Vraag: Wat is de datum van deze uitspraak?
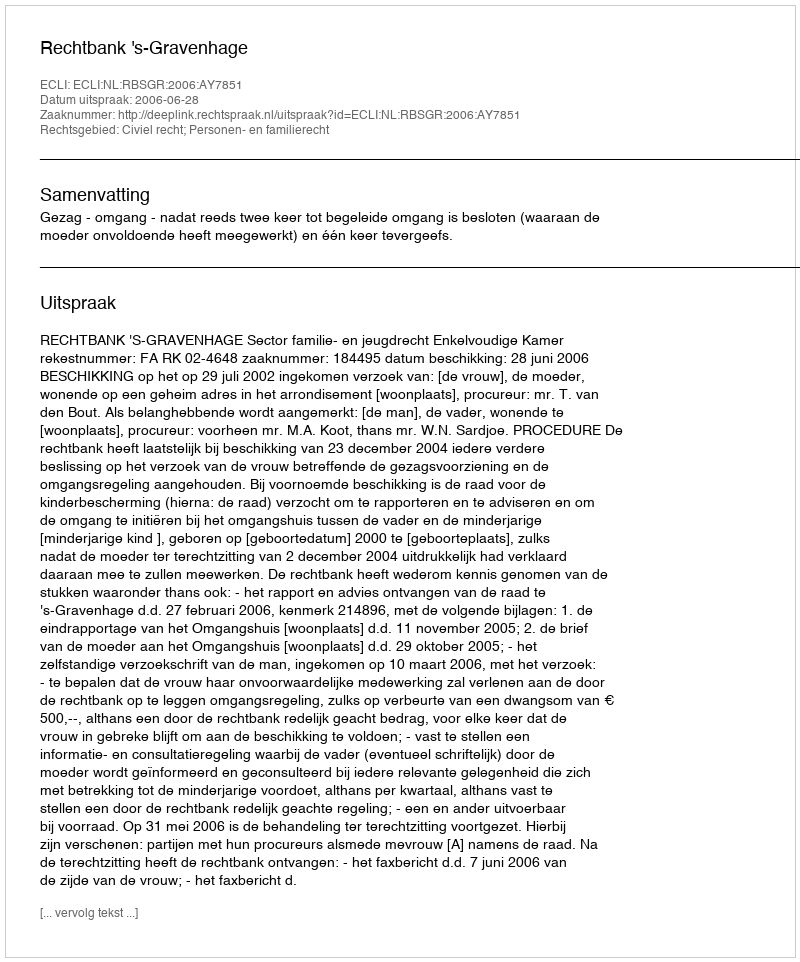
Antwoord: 2006-06-28